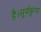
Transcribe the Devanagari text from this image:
है।सूर्यकुण्ड